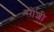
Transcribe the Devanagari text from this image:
सोशी